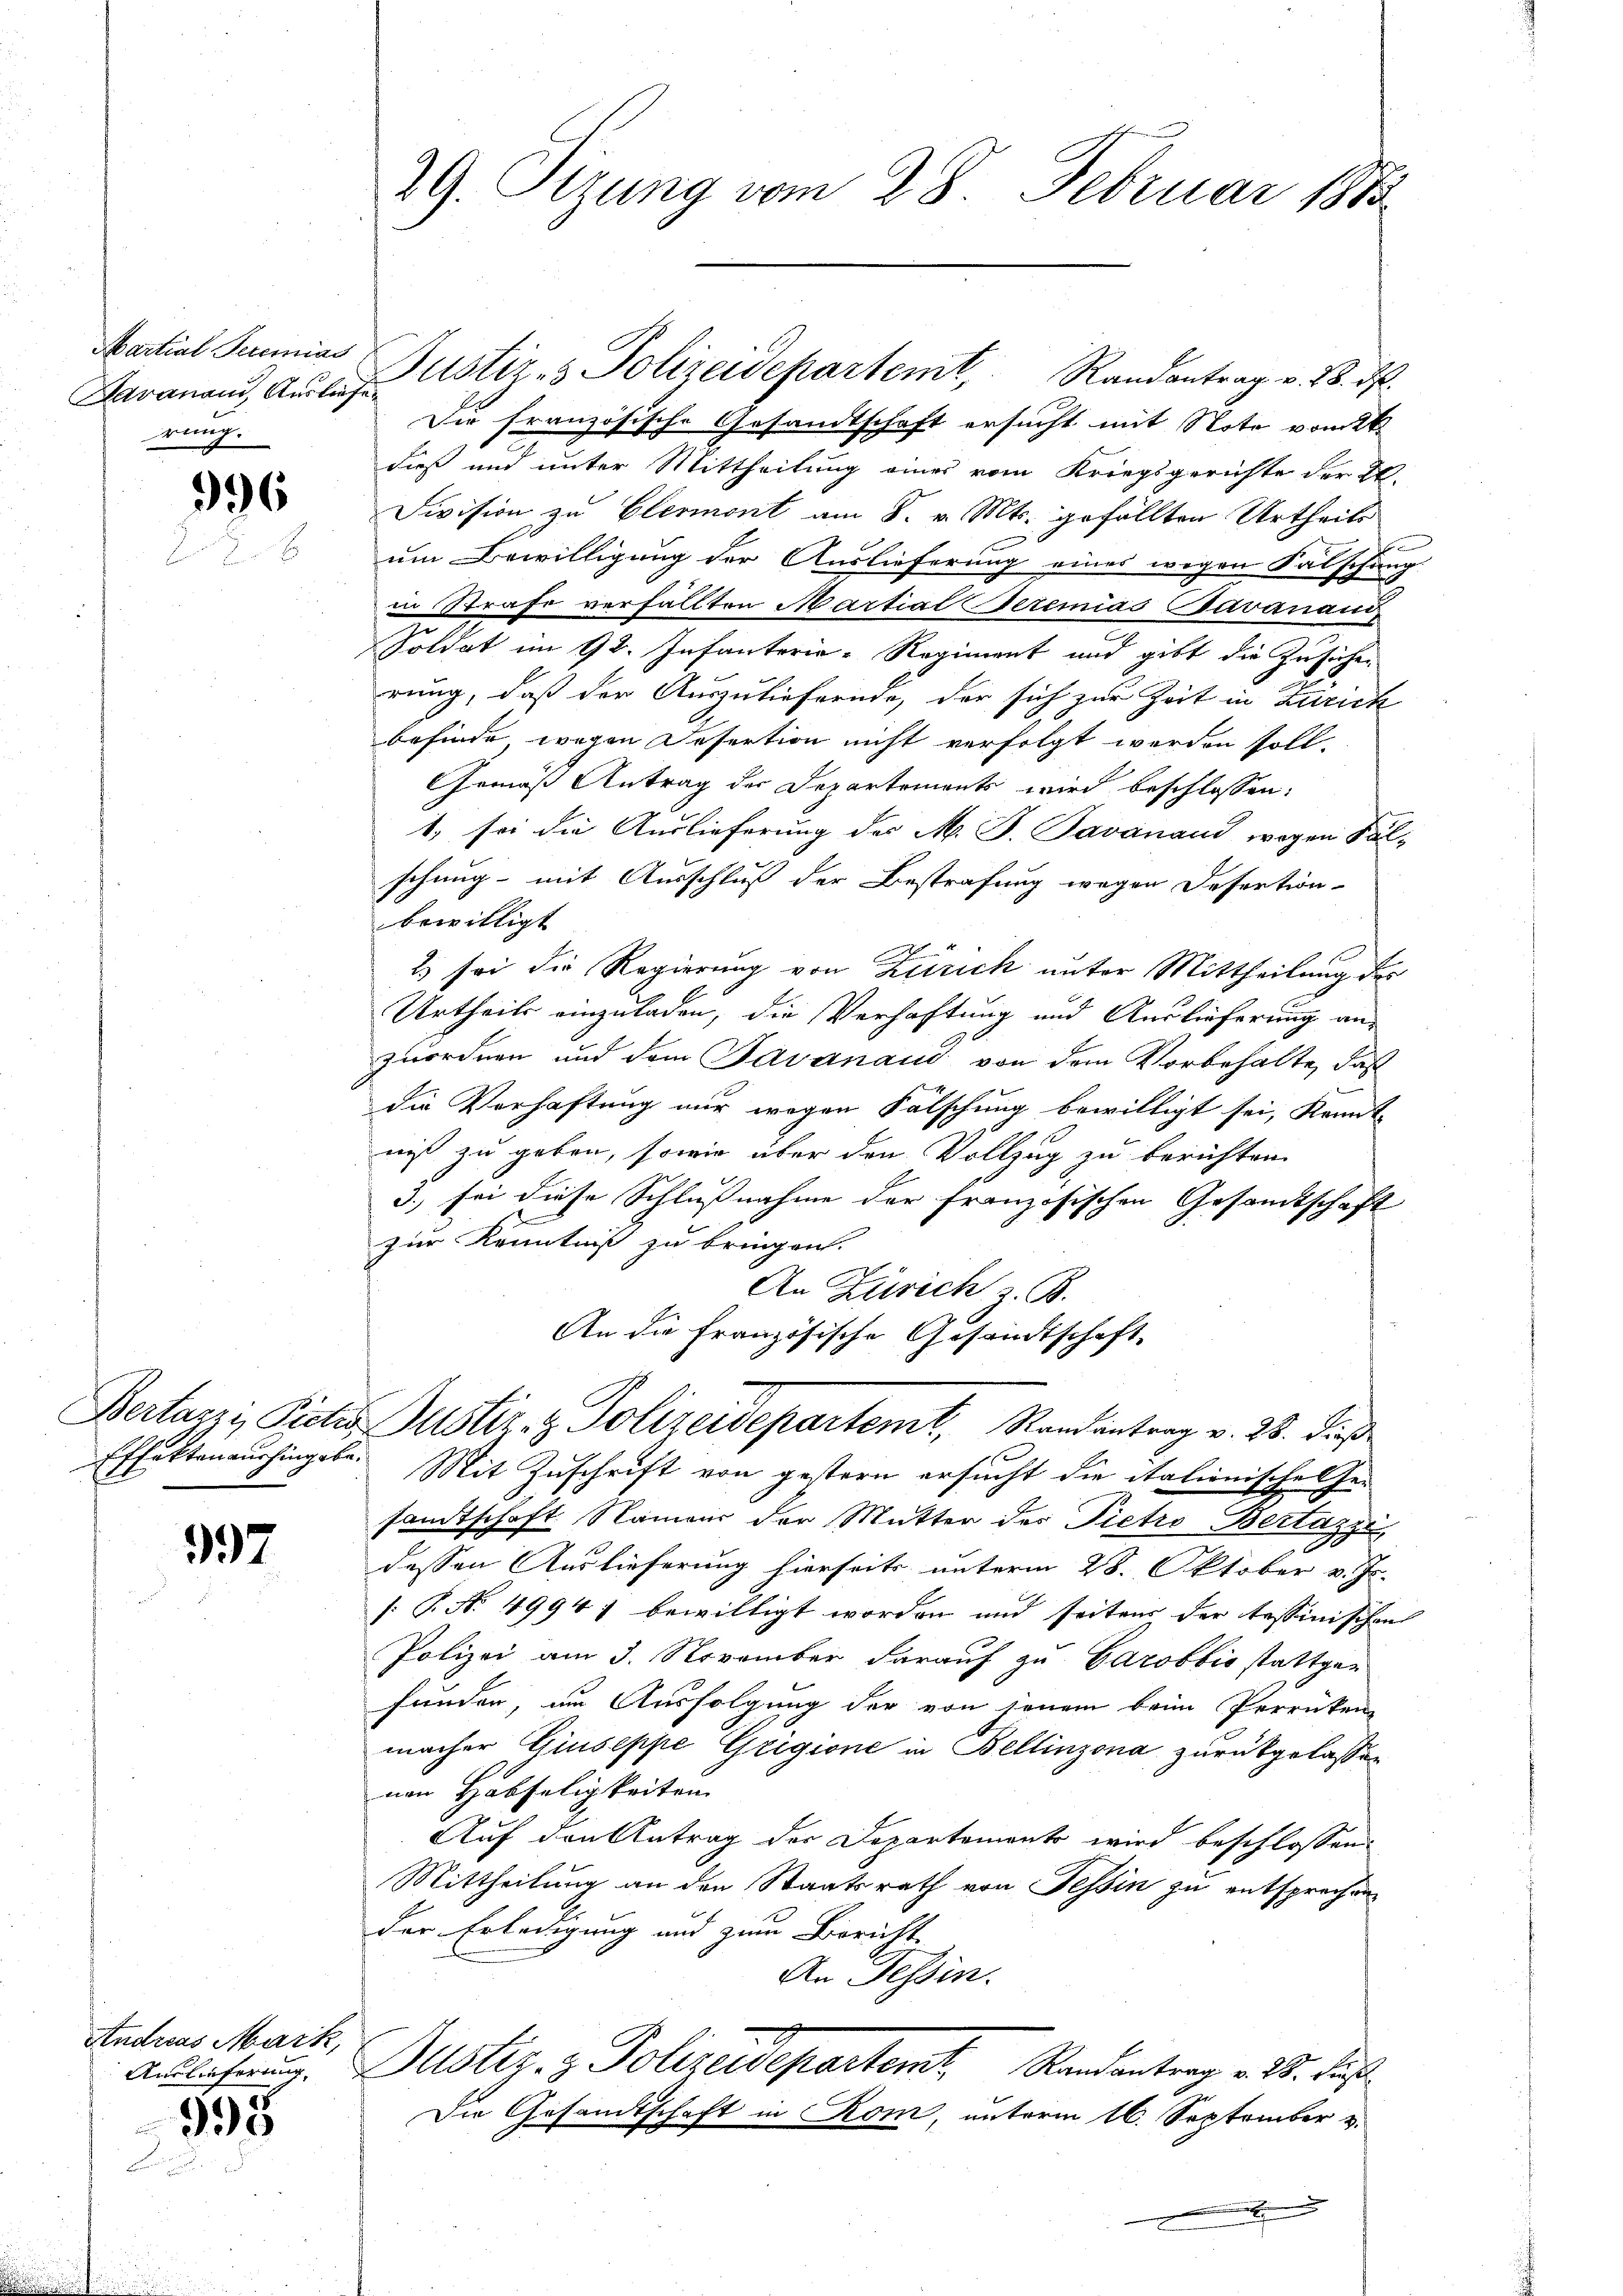
Martial Peremias
avanaud Austrafen
rung.

996

Effekten aushingabe.

397

Andreas Mark,
Auslieferung.

998

29. Sizung vom 28. Februar 188

Die französische Gesandtschaft ersucht mit Note vom 26.
dieß und unter Mittheilung eines vom Kriegsgerichte der 2.
Division zu Clermont am 8. v. Mts. gefällten Urtheils
um Bewilligung der Auslieferung eines wegen Satschung
in Strafe verfällten Martial Seremias Javanaud
Soldat im 92. Infanterie-Regiment und gibt die Zusichen
rung, daß der Auszuliefernde, der sich zur Zeit in Zürich
befinde, wegen Desertion nicht verfolgt werden soll.
Gemäß Antrag der Departements wird beschlossen:
1. sei die Auslieferung der M. P. Pavanaud wegen Sal-
schung mit Ausschluß der Bestrafung wegen Desertion
bewilligt
2) sei die Regierung von Zürich unter Mittheilung des
Urtheils einzuladen, die Verhaftung und Auslieferung an-
zuordnen und dem Javanaud von dem Vorbehalte, daß
die Verhaftung nur wegen Fälschung bewilligt sei, kannt-
niß zu geben, sowie über den Vollzug zu berichten.
3.) sei diese Schlußnahme der französischen Gesamtschaft
zur Kenntniß zu bringen.
An Zürich z. B.
An die Französische Gesandtschaft

Justiz- & Polizeidepartemt, Randantrag v. 28. ds.

Bertarze Pictis Justiz- & Polizeidepartemt, Randantrag v. 28. dieß

Mit Zuschrift von gestern ersucht die italienische Ge-
samtschaft Namens der Mutter des Pietro Bertazzi
dessen Auslieferung hierseits unterm 28. Oktober v. Js.
[: P. No. 49941 bewilligt worden und seitens der tessinischen
Polizei am 3. November darauf zu Carobbio stattge-
funden, um Ausfolgung der von jenem beim Perrücken-
macher Giuseppe Gligione in Bellinzona zurückgelassen
nen Habseligkeiten
Auf den Antrag der Departements wird beschlossen:
Mittheilung an den Staatsrath von Tessin zu entsprechen
der Erledigung und zum Bericht
An Tessin.
Justiz- & Polizeidepartemt, Randantrag v. 3. Aus
Die Gesandtschaft in Rom, unterm 16. September v.